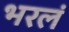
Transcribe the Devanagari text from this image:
भरलं